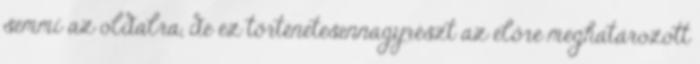
semmi az oldalra, de ez történetesennagyrészt az előre meghatározott